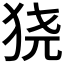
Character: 𬌮